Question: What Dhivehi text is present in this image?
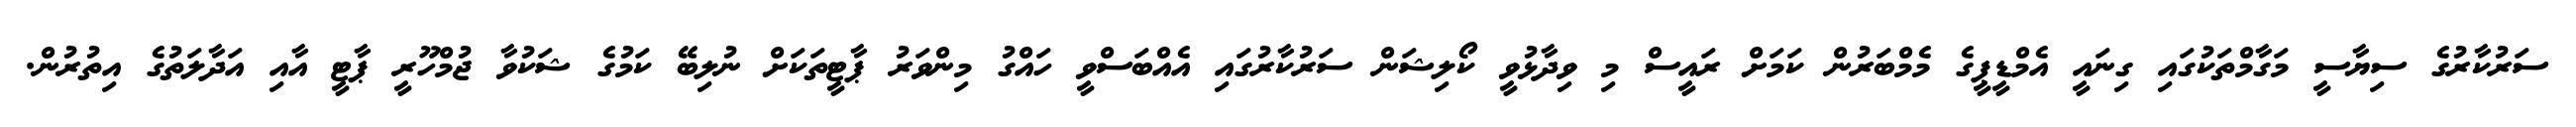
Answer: ސަރުކާރުގެ ސިޔާސީ މަގާމްތަކުގައި ގިނައީ އެމްޑީޕީގެ މެމްބަރުން ކަމަށް ރައީސް މި ވިދާޅުވީ ކޯލިޝަން ސަރުކާރުގައި އެއްބަސްވީ ހައްގު މިންވަރު ޕާޓީތަކަށް ނުލިބޭ ކަމުގެ ޝަކުވާ ޖުމްހޫރީ ޕާޓީ އާއި އަދާލަތުގެ އިތުރުން.